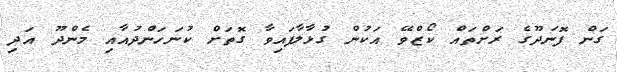
ގަން ފޮނަދޫގެ ރަށްތައް ކޯޒްވޭ އަކުން ގުޅާލާފައިވާ ގޮތަށް ކުނަހަންދުއާއި މެންދޫ އަދި